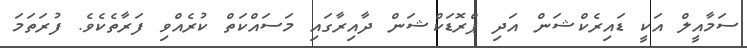
ސަމާއީލް އަކީ ޑައިރެކްޝަން އަދި ޕްރޮޑަކްޝަން ދާއިރާގައި މަސައްކަތް ކުރެއްވި ފަރާތެކެވެ. ފުރަތަމަ